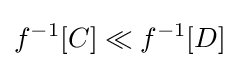
f^{-1}[C]\ll f^{-1}[D]